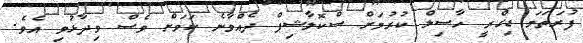
ފުރަތަމަ ޑިގްރީ ހާސިލް ކުރުމަށް ސްކޮލާޝިޕް ދެއްވާނެ ކަމަށް ވެސް ވިދާޅުވި އެވެ.